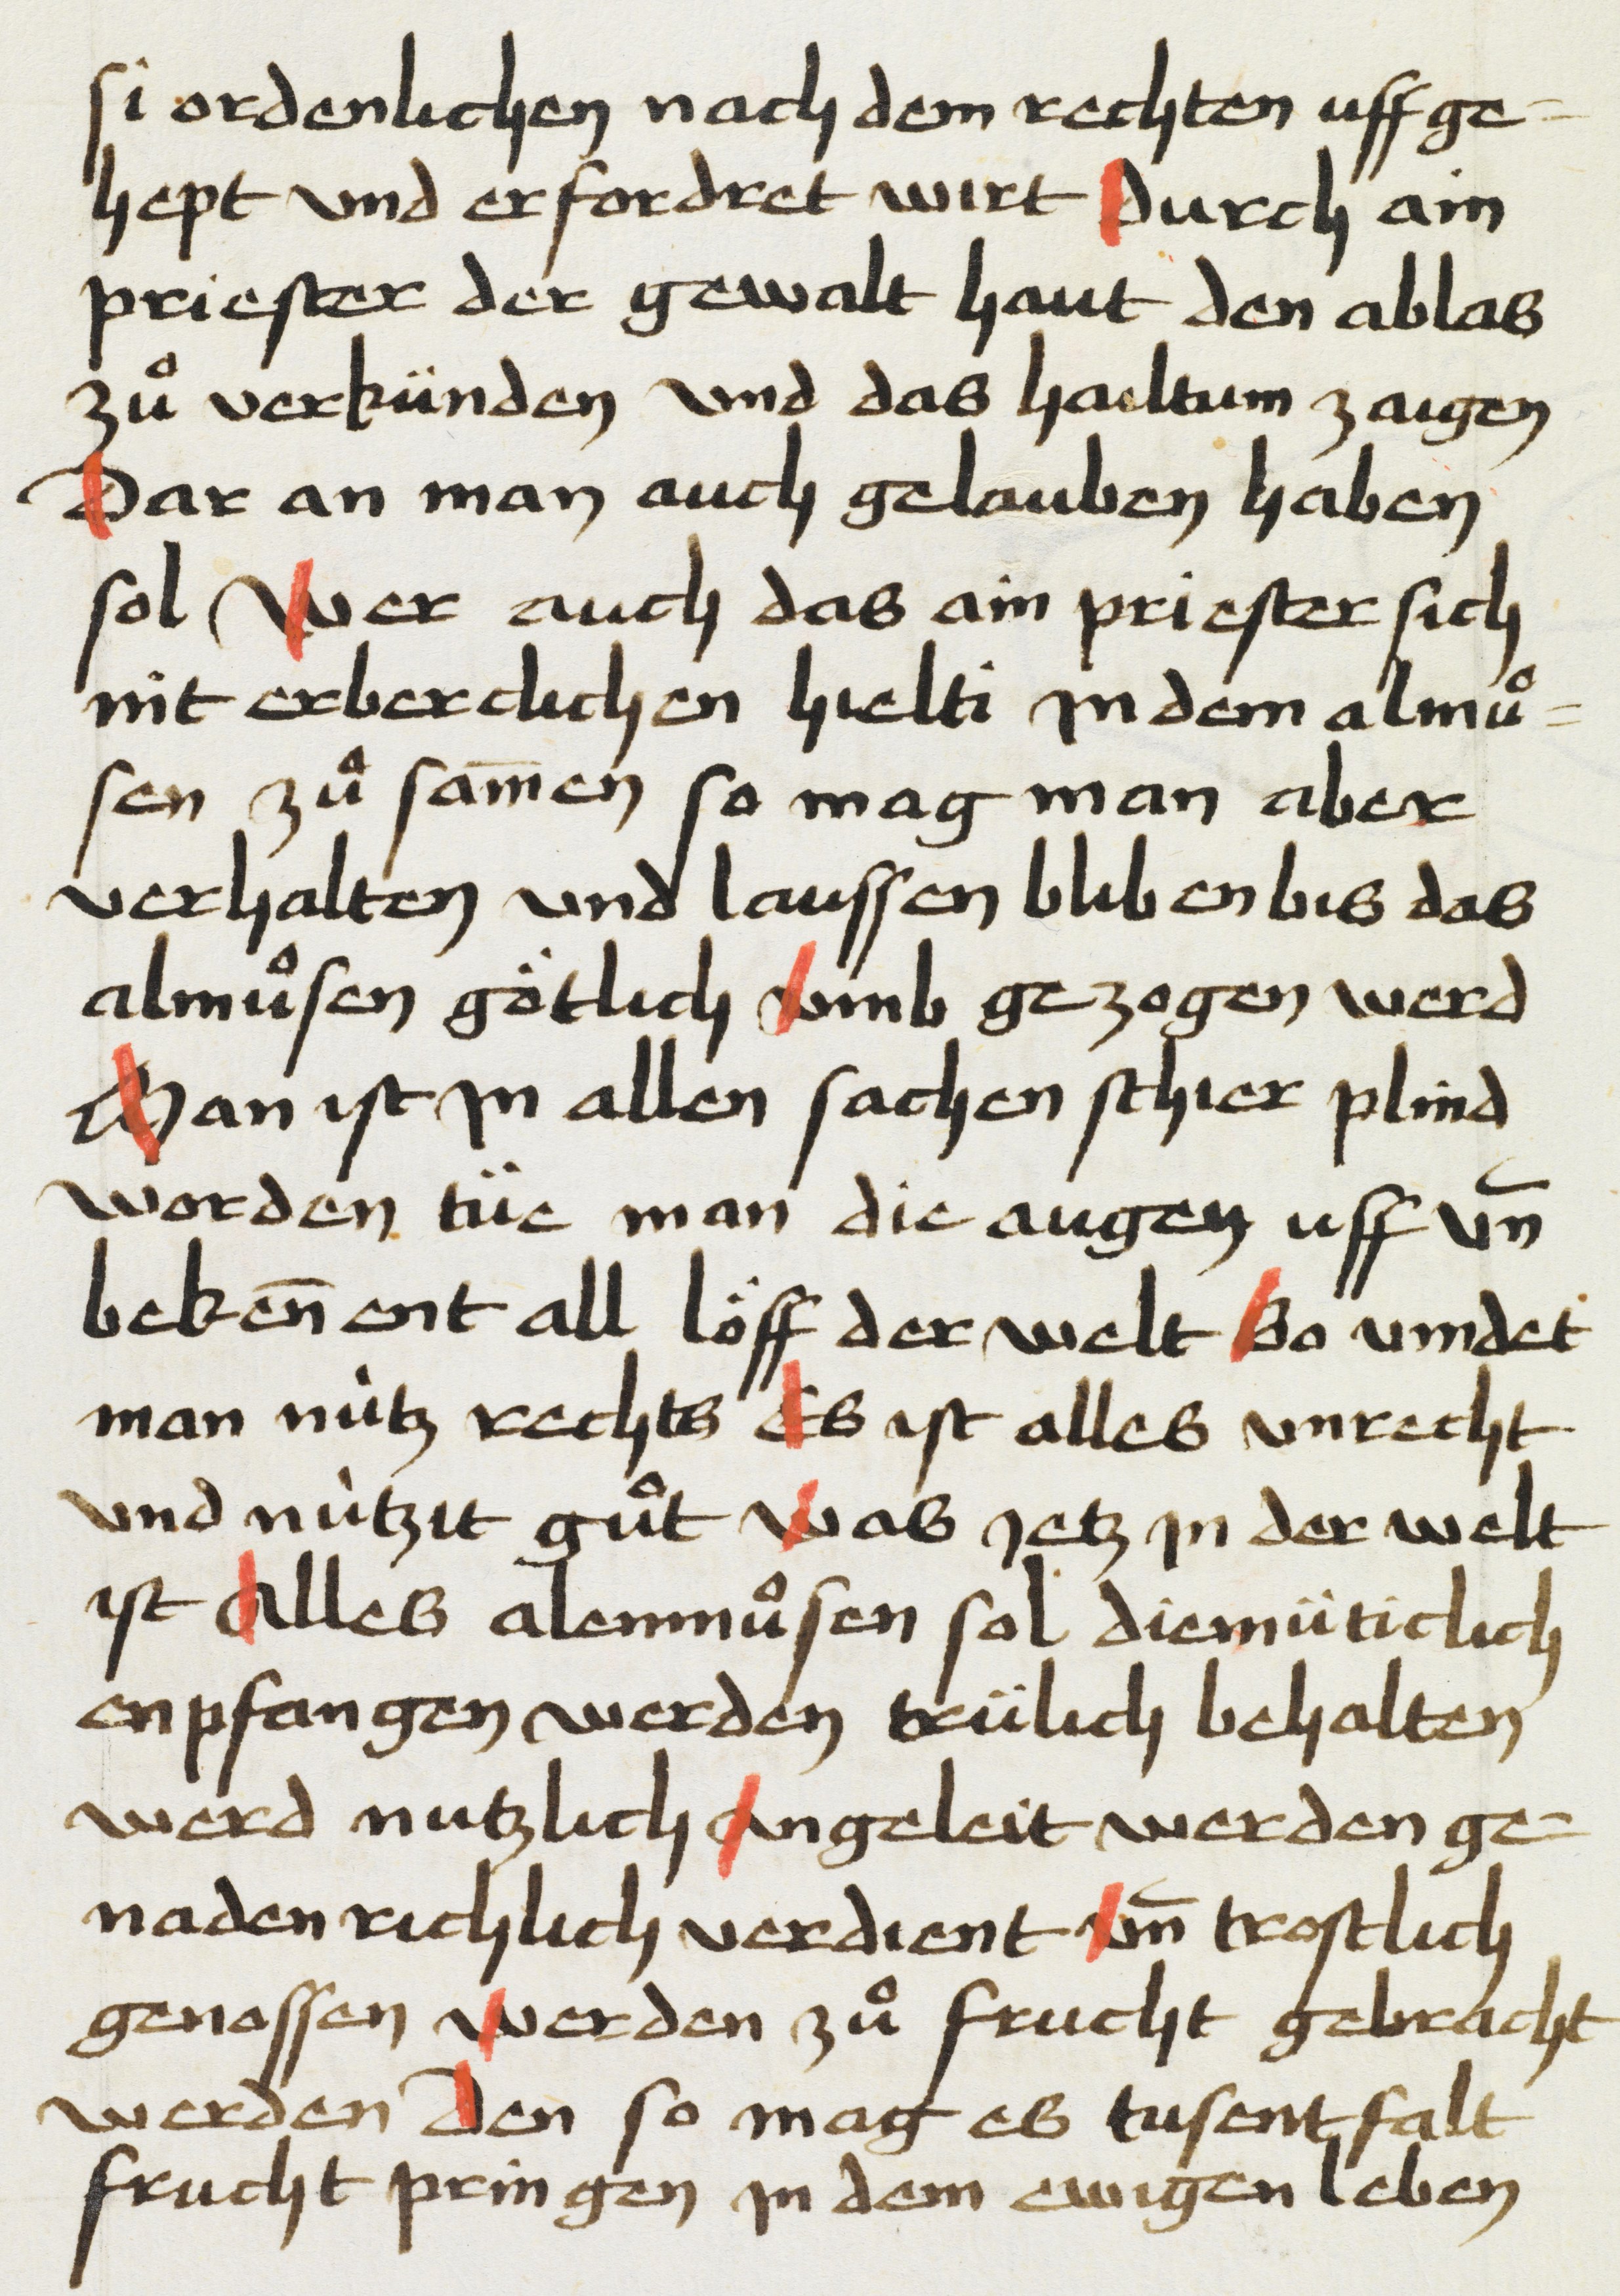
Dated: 1469–1469